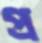
প্র